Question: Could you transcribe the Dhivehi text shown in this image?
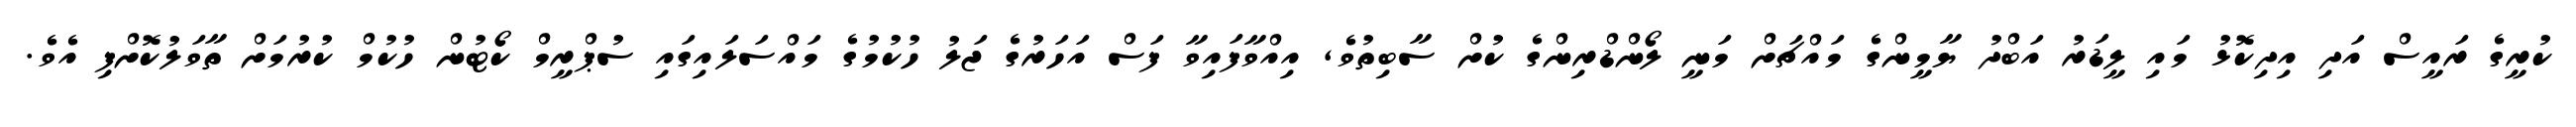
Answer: ކުރީގެ ރައީސް އަދި އިދިކޮޅު މައި ލީޑަރު އަބްދު ޔާމީންގެ މައްޗަށް މަނީ ލޯންޑްރިންގެ ކުށް ސާބިތުވެ, އިއްވާފައިވާ ފަސް އަހަރުގެ ޖަލު ހުކުމުގެ މައްސަލައިގައި ސުޕްރީމް ކޯޓުން ހުކުމް ކުރުމަށް ތާވަލުކޮށްފި އެވެ.